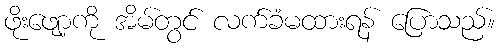
ဖိုးဖျော့ကို အိမ်တွင် လက်ခံမထားရန် ပြောသည်။